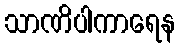
သာဏိပါကာရေန